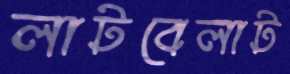
লাটবেলাট